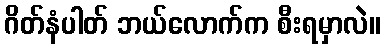
ဂိတ်နံပါတ် ဘယ်လောက်က စီးရမှာလဲ။